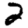
Digit: 2